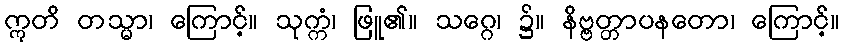
ဣတိ တသ္မာ၊ ကြောင့်။ သုက္ကံ၊ ဖြူ၏။ သဂ္ဂေ၊ ၌။ နိဗ္ဗတ္တာပနတော၊ ကြောင့်။